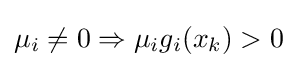
\mu _{i}\neq 0\Rightarrow \mu _{i}g_{i}(x_{k})>0